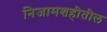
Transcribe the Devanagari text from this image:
निजामशहीतील